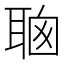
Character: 𦕻